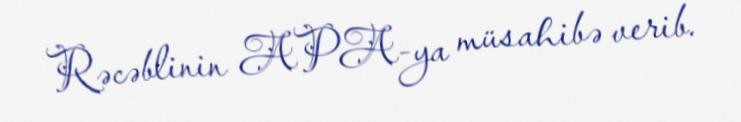
Rəcəblinin APA-ya müsahibə verib.